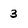
Character: 3